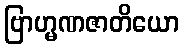
ဗြာဟ္မဏဇာတိယော